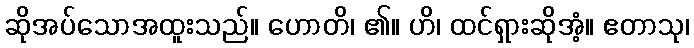
ဆိုအပ်သောအထူးသည်။ ဟောတိ၊ ၏။ ဟိ၊ ထင်ရှားဆိုအံ့။ ဧတာသု၊